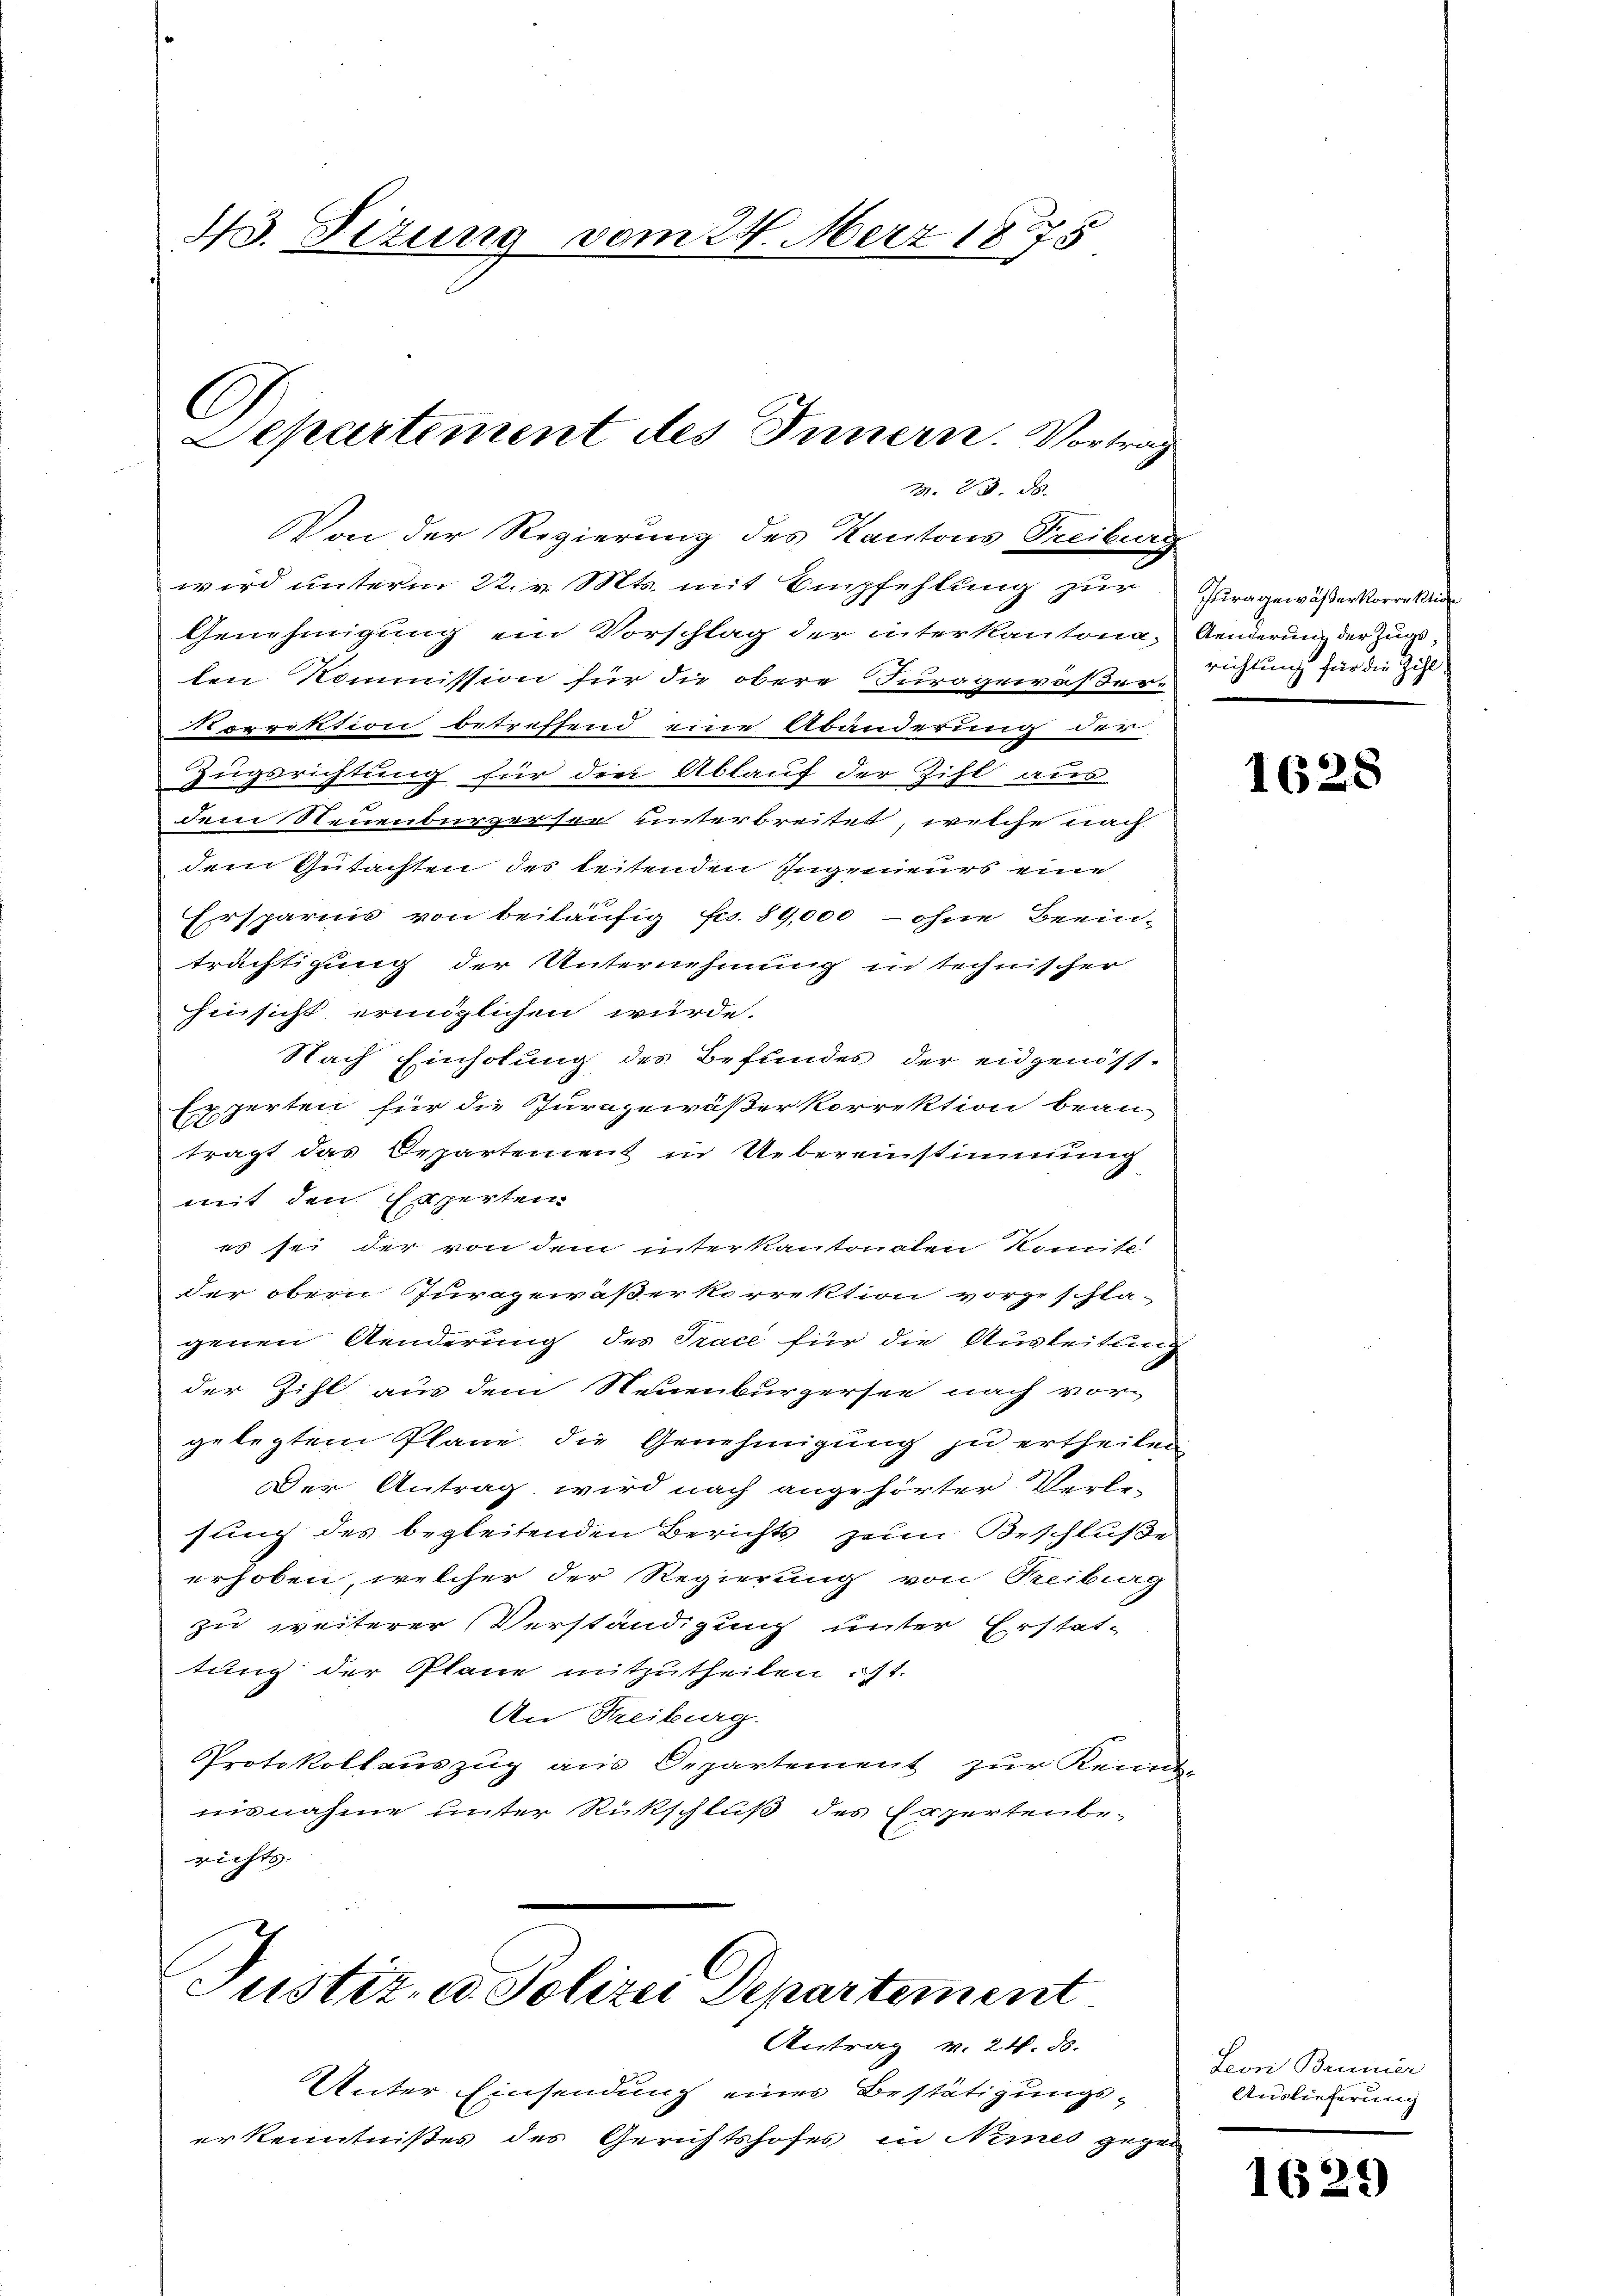
43. Dizung vom 24. März 18875

C
Departement des Innern. Vortrag
M. 23. d.

Von der Regierung des Kantons Treiburg
wird unterm 22. v. Mts. mit Empfehlung zur
Genehmigung ein Vorschlag der interkantona-
ten Kommission für die obere Furggewaßer¬
Vorrektion betreffend eine Abänderung der
Zugsrichtung für die Ablauf der Zihl aus
dem Neuenbürgersor unterbreitet, welche nach
dem Gutachten des leitenden Ingeneurs eine
1
Ersparnis von beiläufig Fr. 89,000 – ohne Beeinträchtigung der Unternehmung in technischer
hinsicht eringlichen würde.
Nach Einholung des Befundes der eidgenöss-
Experten für die Jurajewäßerkorrektion bean
tragt das Departement in Uebereinstimmung
mit den Experten
es sei der von dem interkantonalen Komite
der obern Juragewäßerkorrektion vorgeschla-
genen Aenderung des Trace für die Ausleitung
der Zihl aus dem Neuenburgersee nach vor-
gelegtem Plane die Genehmigung zu ertheilen
Der Antrag wird nach angehörter Verlesung des begleitenden Berichts zum Beschluße
erhoben, welcher der Regierung von Treibung
zu weiterer Verständigung unter Erstat-
tung der Plane mitzutheilen ist.
An Freiburg.
Protokollauszug aus Departement zur Kennt-
nisnahme unter Rückschluß des Expertenbe-
richts.

Justiz- u. Polizei Departement
Antrag v. 24. ds.

Unter Einsendung eines Bestätigungs-
erkenntnißes des Gerichtshofes in Nimes gege

Jura gewäßer Korrektio
Aenderung der Zugs
richtung für die Zihl

1628

Lori Brunner
Auslieferung

1629